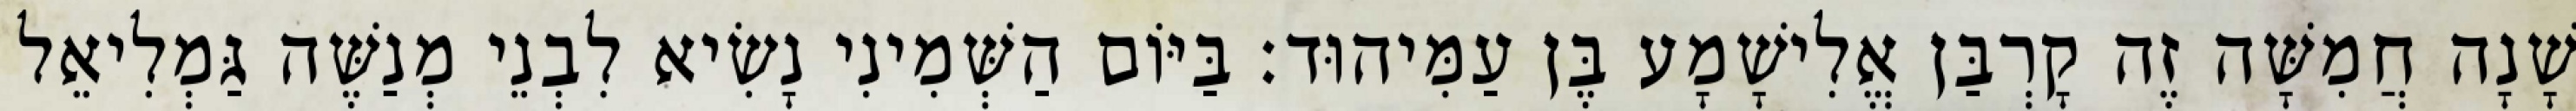
שָׁנָה חֲמִשָּׁה זֶה קָרְבַּן אֱלִישָׁמָע בֶּן עַמִּיהוּד׃ בַּיּוֹם הַשְּׁמִינִי נָשִׂיא לִבְנֵי מְנַשֶּׁה גַּמְלִיאֵל